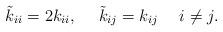
LaTeX: \begin{align*}\tilde{k}_{ii}=2k_{ii}, \ \ \ \ \tilde{k}_{ij}=k_{ij} \ \ \ \ i\neq j. \end{align*}